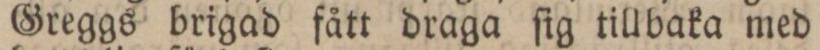
Greggs brigad fått draga ſig tillbaka med